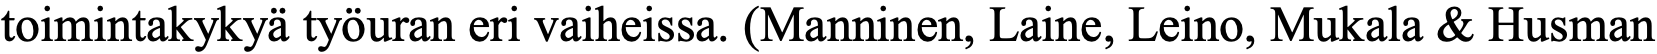
toimintakykyä työuran eri vaiheissa. (Manninen, Laine, Leino, Mukala & Husman